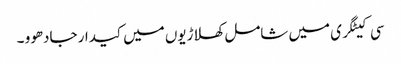
سی کیٹگری میں شامل کھلاڑیوں میں کیدار جادھوو ۔